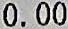
0.00